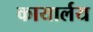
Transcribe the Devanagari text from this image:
कायार्लय